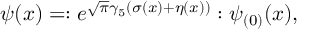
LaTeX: \psi ( x ) = : e ^ { \sqrt \pi \gamma _ { 5 } ( \sigma ( x ) + \eta ( x ) ) } : \psi _ { ( 0 ) } ( x ) ,